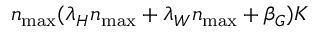
n _ { \operatorname* { m a x } } ( \lambda _ { H } n _ { \operatorname* { m a x } } + \lambda _ { W } n _ { \operatorname* { m a x } } + \beta _ { G } ) K